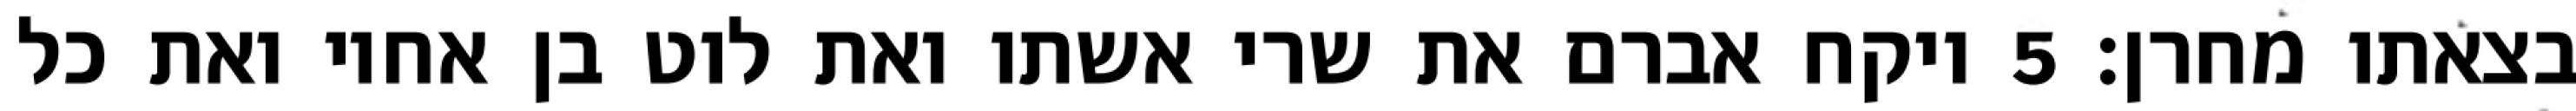
בצאתו מחרן׃ ‎5‏ ויקח אברם את שרי אשתו ואת לוט בן אחיו ואת כל